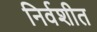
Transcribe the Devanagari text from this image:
निर्वशीत